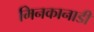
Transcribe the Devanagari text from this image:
मिनकानाडी